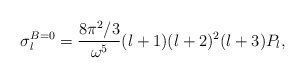
\begin{align*}\sigma_l^{B=0} = {{ 8 \pi^2/3} \over \omega^5} (l+1)(l+2)^2 (l+3) P_l,\end{align*}